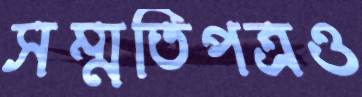
সম্মতিপত্রও